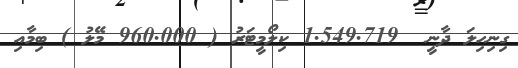
ގިނިހިލަ ދާނީ  1.549.719 ކިލޯމީޓަރު ( 960.000 މޭލު ) ބިމާއި